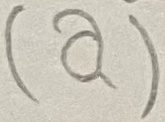
Text: (a)